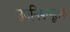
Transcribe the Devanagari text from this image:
उपनिषन्मूलक